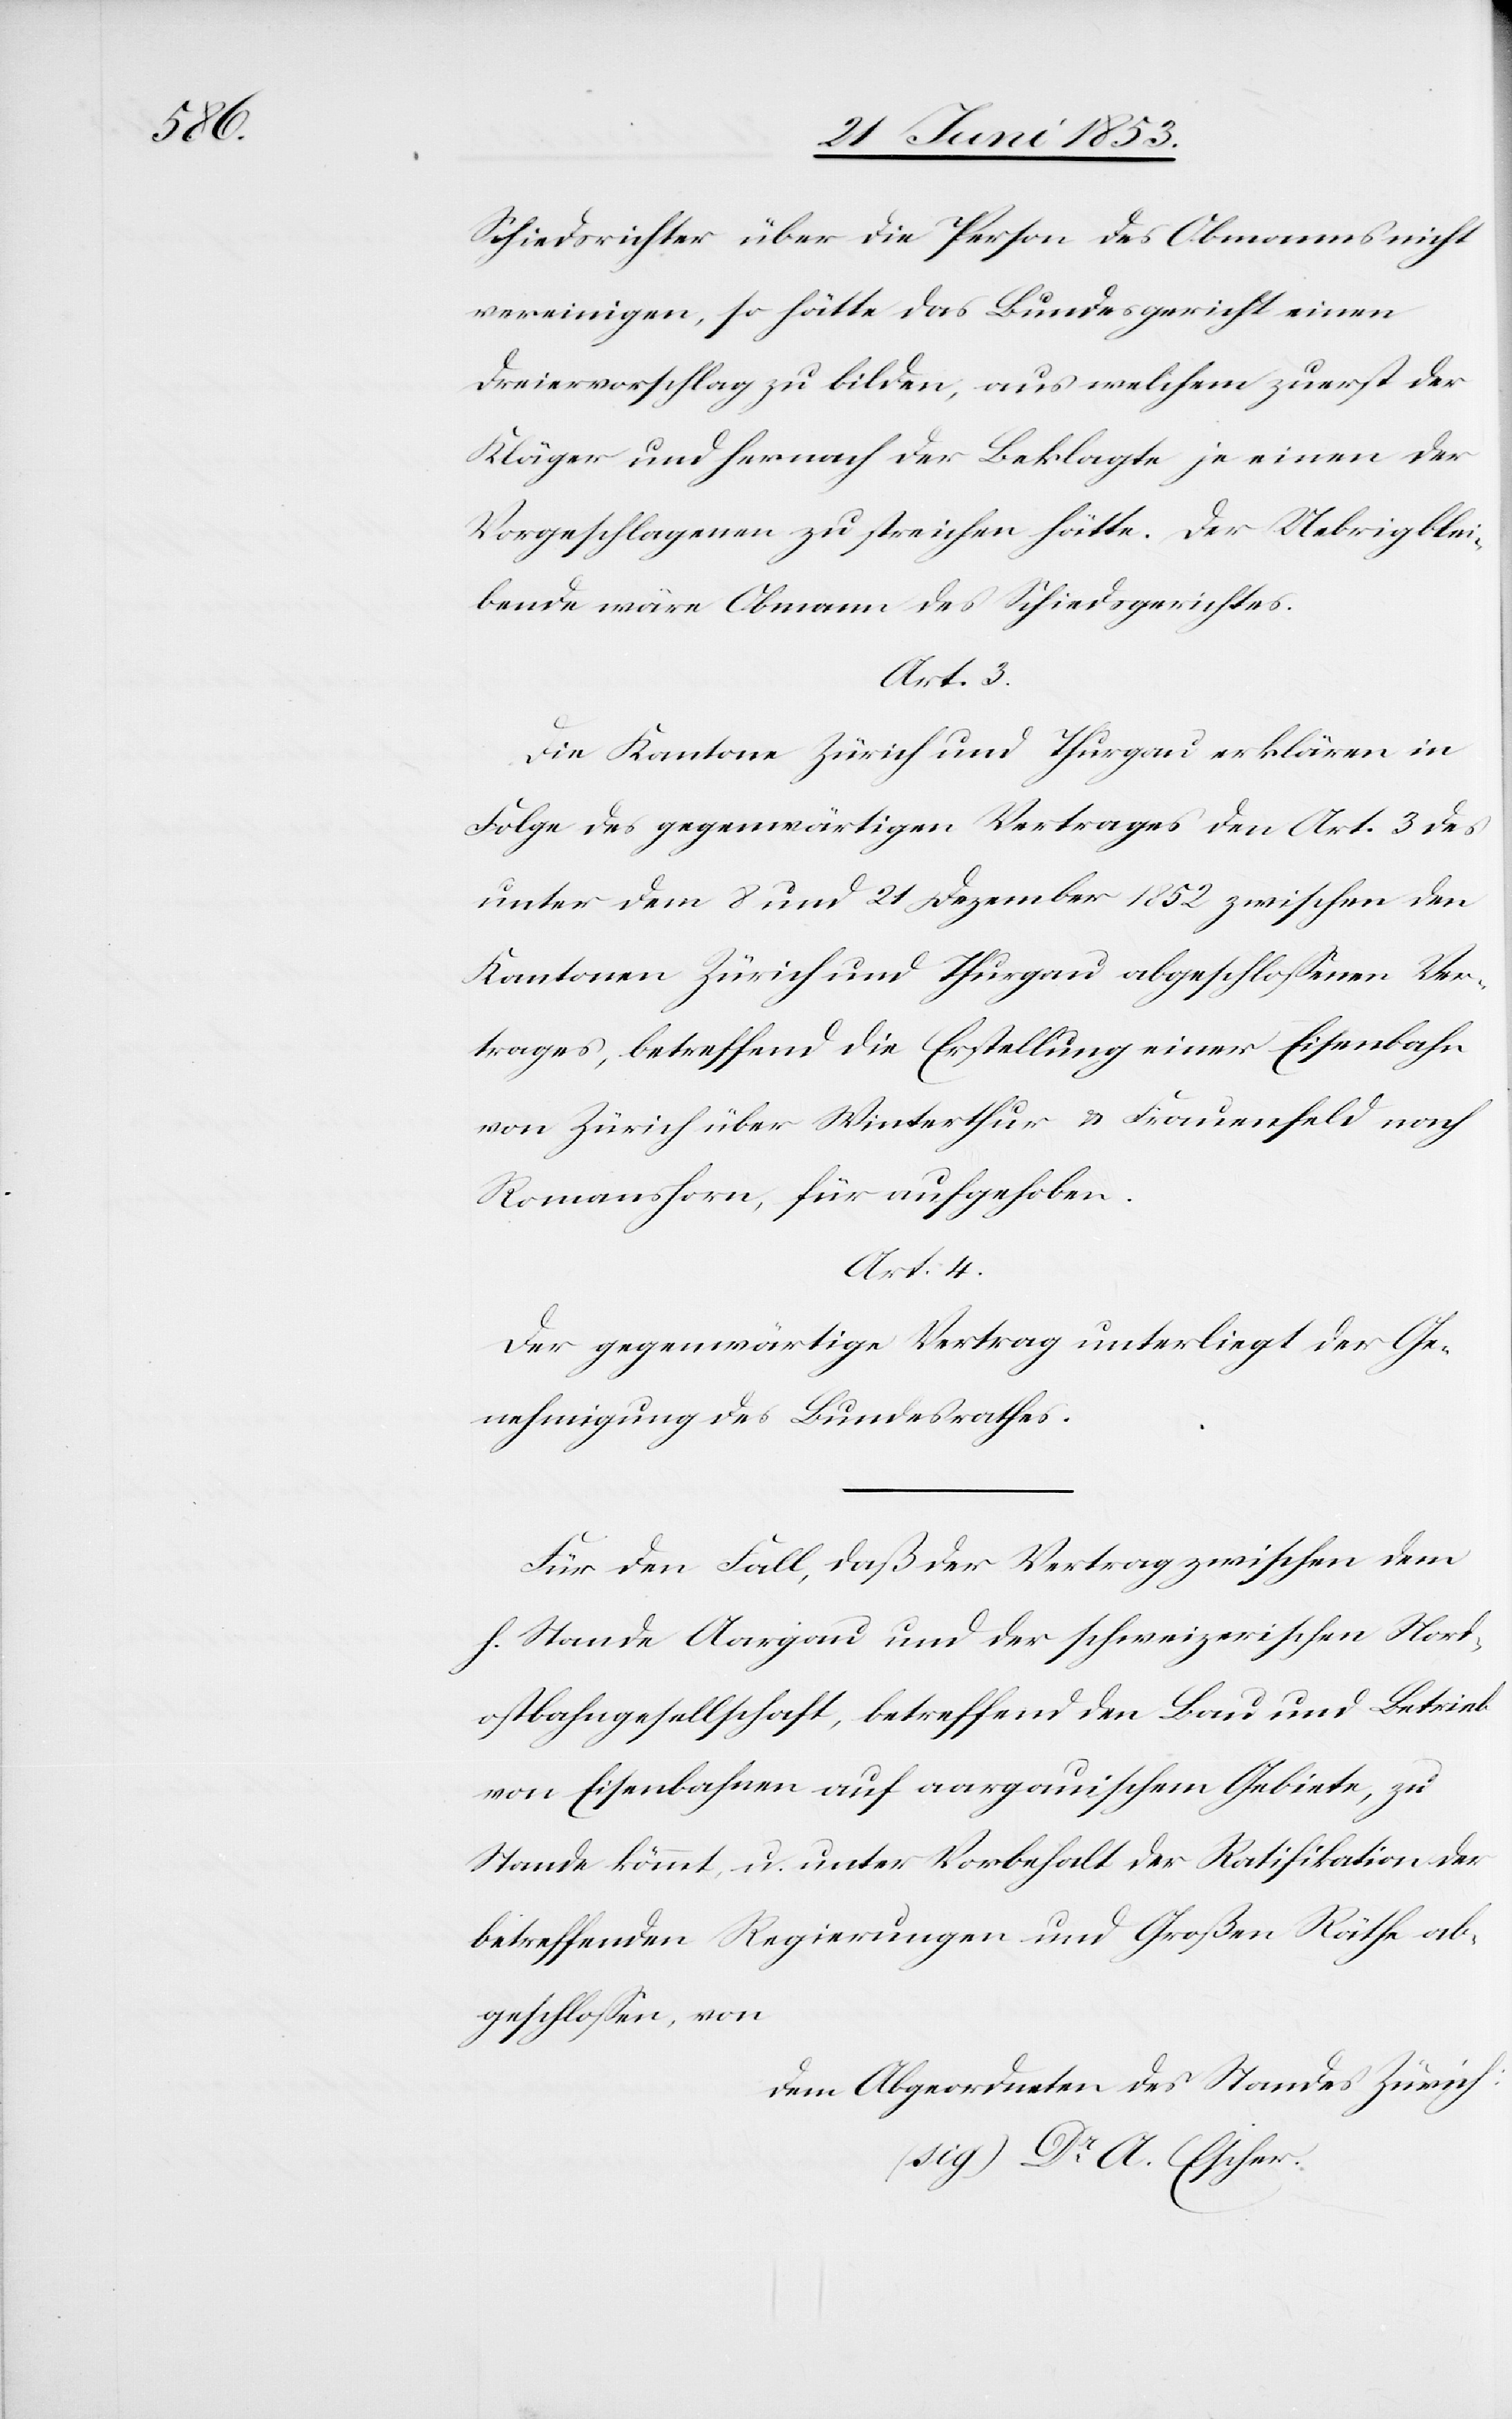
Schiedsrichter über die Person des Obmanns nicht
vereinigen, so hätte das Bundesgericht einen
Dreiervorschlag zu bilden, aus welchem zuerst der
Kläger und hernach der Beklagte je einen der
Vorgeschlagenen zu streichen hätte. Der Uebrigblei¬
bende wäre Obmann des Schiedsgerichtes.
Art. 3.
Die Kantone Zürich und Thurgau erklären in
Folge des gegenwärtigen Vertrages den Art. 3 des
unter dem 8 und 21 Dezember 1852 zwischen den
Kantonen Zürich und Thurgau abgeschloßenen Ver¬
trages, betreffend die Erstellung einer Eisenbahn
von Zürich über Winterthur u. Frauenfeld nach
Romanshorn für aufgehoben.
Art. 4.
Der gegenwärtige Vertrag unterliegt der Ge¬
nehmigung des Bundesrathes.
Für den Fall, daß der Vertrag zwischen dem
h. Stande Aargau und der schweizerischen Nord¬
ostbahngesellschaft, betreffend den Bau und Betrieb
von Eisenbahnen auf aargauischem Gebiete, zu
Stande kömmt u. unter Vorbehalt der Ratifikation der
betreffenden Regierungen und Großen Räthe ab¬
geschloßen von
dem Abgeordneten des Standes Zürich
(sig) Dr. A. Escher.